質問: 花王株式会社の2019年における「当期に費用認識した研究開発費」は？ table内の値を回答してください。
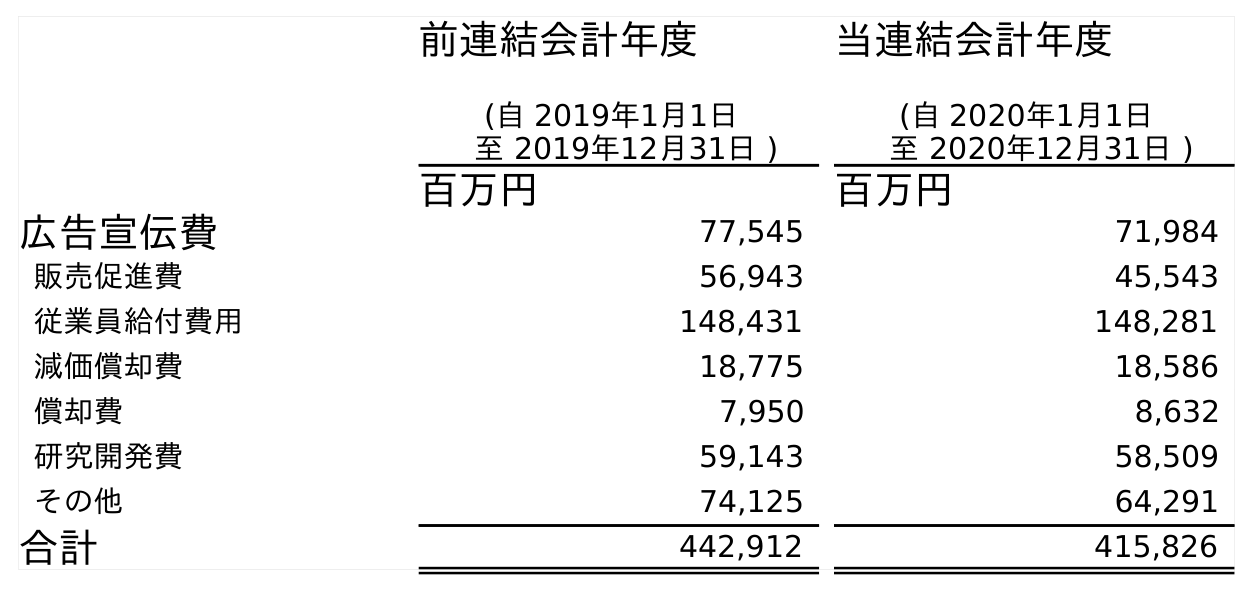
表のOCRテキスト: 前連結会計年度 (自 2019年1月1日 至 2019年12月31日 ) 当連結会計年度 (自 2020年1月1日 至 2020年12月31日 ) 百万円 百万円 広告宣伝費 77,545 71,984 販売促進費 56,943 45,543 従業員給付費用 148,431 148,281 減価償却費 18,775 18,586 償却費 7,950 8,632 研究開発費 59,143 58,509 その他 74,125 64,291 合計 442,912 415,826
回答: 59,143